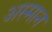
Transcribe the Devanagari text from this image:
अस्मान